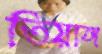
তিয়াঙ্গ